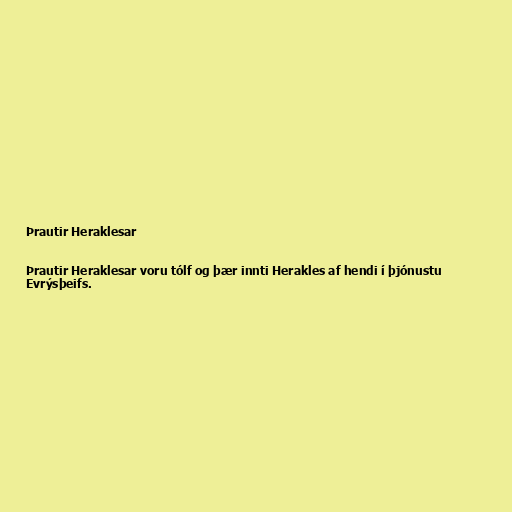
Þrautir Heraklesar

Þrautir Heraklesar voru tólf og þær innti Herakles af hendi í þjónustu
Evrýsþeifs.